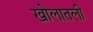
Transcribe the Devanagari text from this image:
खोलातली